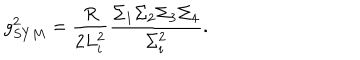
g _ { S Y M } ^ { 2 } = \frac { R } { 2 L _ { i } ^ { 2 } } \frac { \Sigma _ { 1 } \Sigma _ { 2 } \Sigma _ { 3 } \Sigma _ { 4 } } { \Sigma _ { i } ^ { 2 } } .